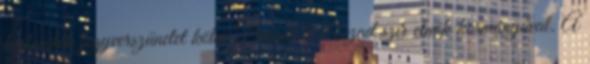
hajlandók fegyverszünetet kötni Bassár el-Aszad szír elnök kormányával. A